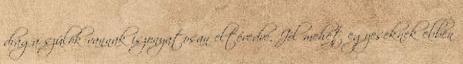
drága szülök vannak iszonyatosan eltévedve. Jól mehet egyeseknek ebben